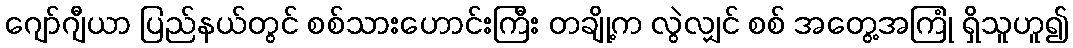
ဂျော်ဂျီယာ ပြည်နယ်တွင် စစ်သားဟောင်းကြီး တချို့က လွဲလျှင် စစ် အတွေ့အကြုံ ရှိသူဟူ၍